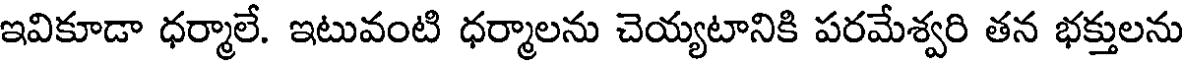
ఇవికూడా ధర్మాలే. ఇటువంటి ధర్మాలను చెయ్యటానికి పరమేశ్వరి తన భక్తులను